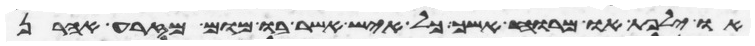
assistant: או ילפת או מרוח אשך כל איש אשר בו מום מזרע אהרן